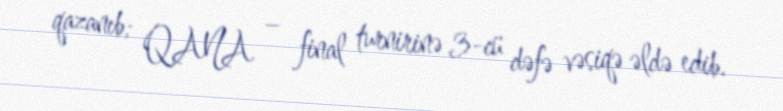
qazanıb; QANA – final turnirinə 3-cü dəfə vəsiqə əldə edib.